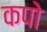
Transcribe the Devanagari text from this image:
कपो